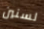
لسنين